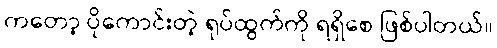
ကတော့ ပိုကောင်းတဲ့ ရုပ်ထွက်ကို ရရှိစေ ဖြစ်ပါတယ်။